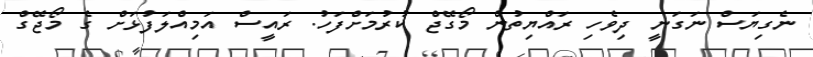
ނެގިޔަސް ނަގަނީ ދިވެހި ރައްޔިތުން މޯގޭޖް ކުރުމަށްފަހު. ރައީސް އަމިއްލަފުޅަށް ގެ މޯޖޭގް